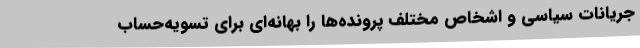
جریانات سیاسی و اشخاص مختلف پرونده‌ها را بهانه‌ای برای تسویه‌حساب